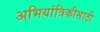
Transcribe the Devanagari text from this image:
अभियांत्रिकीसाठी